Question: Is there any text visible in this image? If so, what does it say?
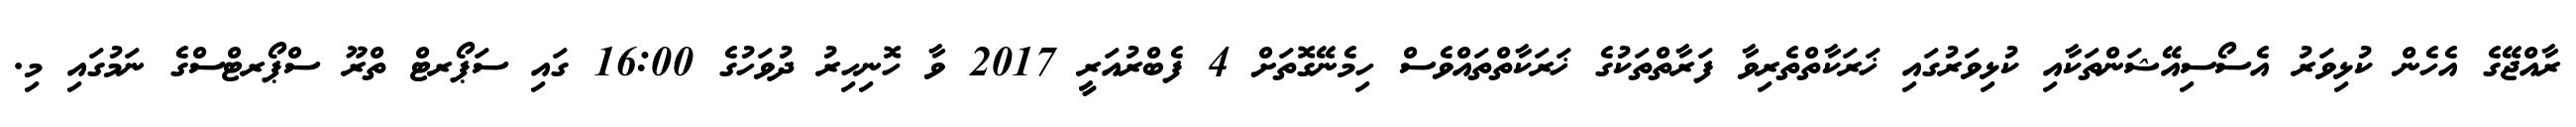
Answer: ރާއްޖޭގެ އެހެން ކުޅިވަރު އެސޯސިއޭޝަންތަކާއި ކުޅިވަރުގައި ޚަރަކާތްތެރިވާ ފަރާތްތަކުގެ ޚަރަކާތްތައްވެސް ހިމެނޭގޮތަށް 4 ފެބްރުއަރީ 2017 ވާ ހޮނިހިރު ދުވަހުގެ 16:00 ގައި ސަޕޯރޓް ތްރޫ ސްޕޯރޓްސްގެ ނަމުގައި މި.